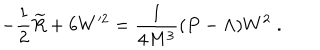
- \frac 1 2 \widetilde { R } + 6 W ^ { \prime 2 } = \frac 1 { 4 M ^ { 3 } } ( P - \Lambda ) W ^ { 2 } \; .